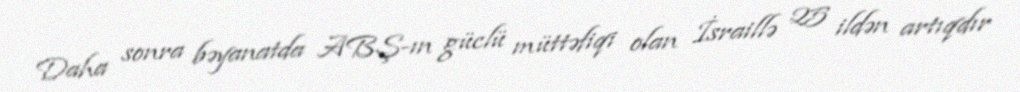
Daha sonra bəyanatda ABŞ-ın güclü müttəfiqi olan İsraillə 25 ildən artıqdır